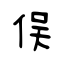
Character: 俣